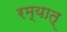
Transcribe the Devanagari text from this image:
रम्यात्